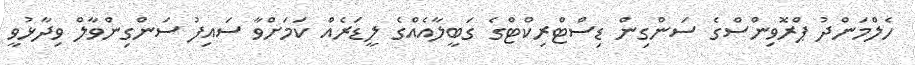
ހެލްމަންދު ޕްރޮވިންސްގެ ސަންގިން ޑިސްޓްރިކްޓްގެ ގަބީލާއެއްގެ ލީޑަރެއް ކަމަށްވާ ސައިފު ސަންގިންވާލް ވިދާޅުވީ